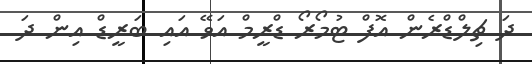
ދަ ޗިލްޑްރެން އޮފް ޓުމޯރޯ ޑްރީމް އަވޭ އައި ބަރީޑް އިން ދަ